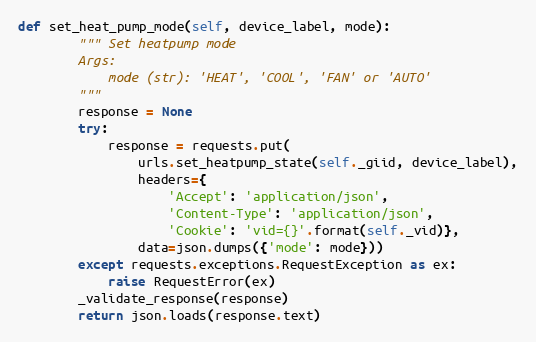
Language: Python
def set_heat_pump_mode(self, device_label, mode):
        """ Set heatpump mode
        Args:
            mode (str): 'HEAT', 'COOL', 'FAN' or 'AUTO'
        """
        response = None
        try:
            response = requests.put(
                urls.set_heatpump_state(self._giid, device_label),
                headers={
                    'Accept': 'application/json',
                    'Content-Type': 'application/json',
                    'Cookie': 'vid={}'.format(self._vid)},
                data=json.dumps({'mode': mode}))
        except requests.exceptions.RequestException as ex:
            raise RequestError(ex)
        _validate_response(response)
        return json.loads(response.text)